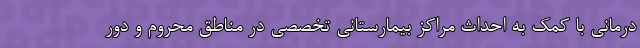
درمانی با کمک به احداث مراکز بیمارستانی تخصصی در مناطق محروم و دور